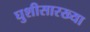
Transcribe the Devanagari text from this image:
घुशीसारख्या